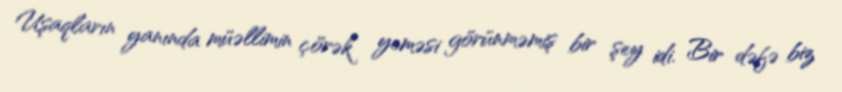
Uşaqların yanında müəllimin çörək yeməsi görünməmiş bir şey idi. Bir dəfə biz